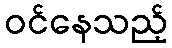
ဝင်နေသည့်